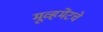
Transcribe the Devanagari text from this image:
मूव्हमेंटचे